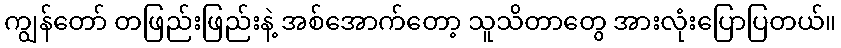
ကျွန်တော် တဖြည်းဖြည်းနဲ့ အစ်အောက်တော့ သူသိတာတွေ အားလုံးပြောပြတယ်။